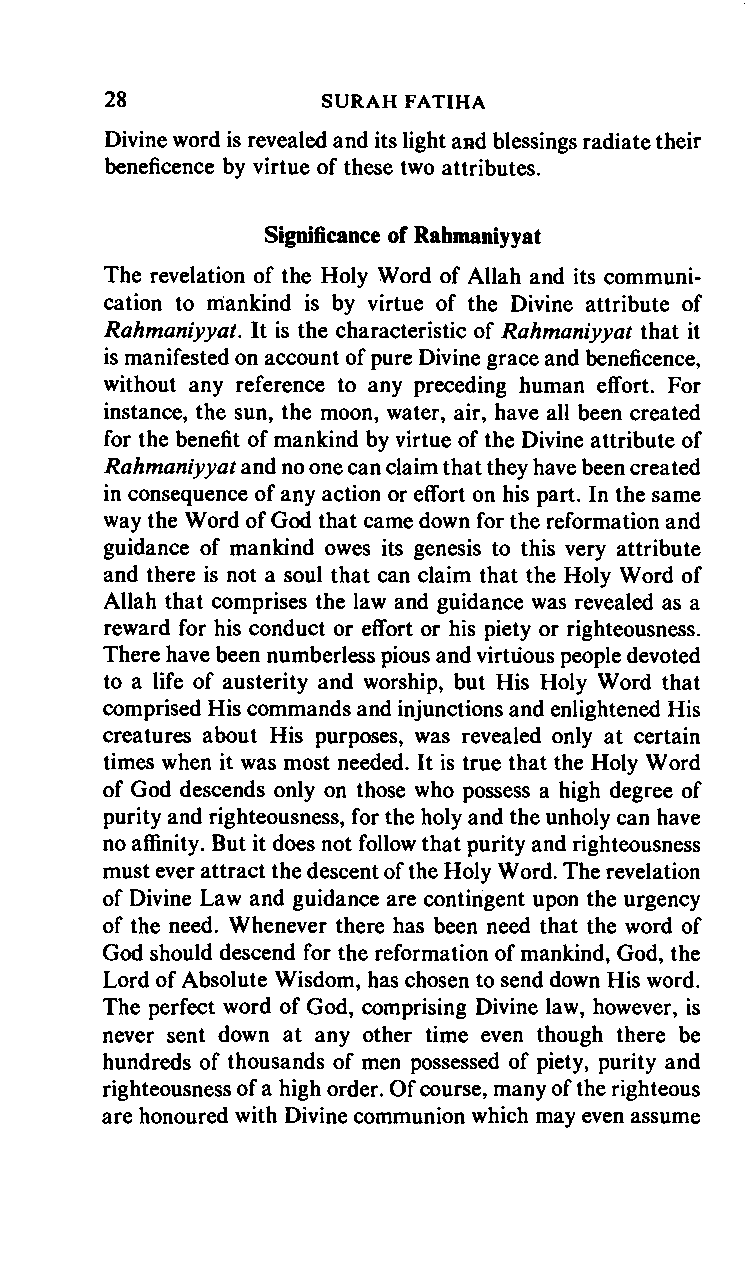
28     SURAH      FATIHA
 Divine word is revealed and its light and blessings radiate their
 beneficence by virtue of these two attributes.
 Significance of Rahmaniyyat
 The revelation of the Holy Word of Allah and its communi
 cation to mankind is by virtue of the Divine attribute of
 Rahmaniyyat. It is the characteristic of Rahmaniyyat that it
 is manifested on account of pure Divine grace and beneficence,
 without any reference to any preceding human effort. For
 instance, the sun, the moon, water, air, have all been created
 for the benefit of mankind by virtue of the Divine attribute of
 Rahmaniyyat and no one can claim that they have been created
 in consequence of any action or effort on his part. In the same
 way the Word of God that came down for the reformation and
 guidance of mankind owes its genesis to this very attribute
 and there is not a soul that can claim that the Holy Word of
 Allah that comprises the law and guidance was revealed as a
 reward for his conduct or effort or his piety or righteousness.
 There have been numberless pious and virtuous people devoted
 to a life of austerity and worship, but His Holy Word that
 comprised His commands and injunctions and enlightened His
 creatures about His purposes, was revealed only at certain
 times when it was most needed. It is true that the Holy Word
 of God descends only on those who possess a high degree of
 purity and righteousness, for the holy and the unholy can have
 no affinity. But it does not follow that purity and righteousness
 must ever attract the descent of the Holy Word. The revelation
 of Divine Law and guidance are contingent upon the urgency
 of the need. Whenever there has been need that the word of
 God should descend for the reformation of mankind, God, the
 Lord of Absolute Wisdom, has chosen to send down His word.
 The perfect word of God, comprising Divine law, however, is
 never sent down at any other time even though there be
 hundreds of thousands of men possessed of piety, purity and
 righteousness of a high order. Of course, many of the righteous
 are honoured with Divine communion which may even assume